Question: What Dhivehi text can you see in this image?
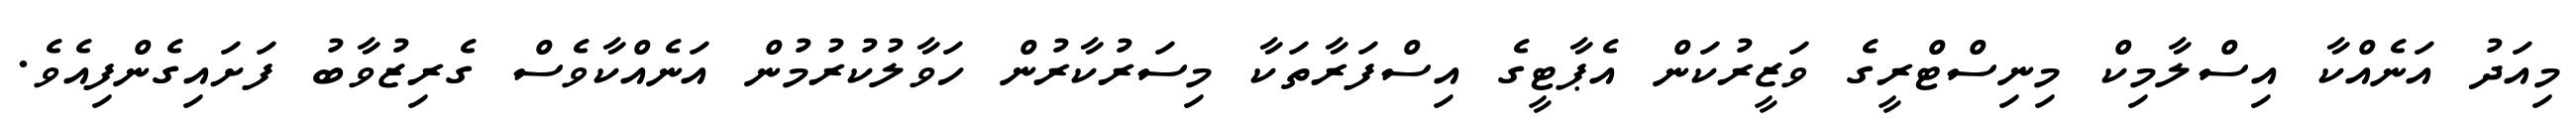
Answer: މިއަދު އަނެއްކާ އިސްލާމިކް މިނިސްޓްރީގެ ވަޒީރުކަން އެޕާޓީގެ އިސްފަރާތަކާ މިސަރުކާރުން ހަވާލުކުރުމުން އަނެއްކާވެސް ގެރިޒުވާބު ފަށައިގެންފިއެވެ.